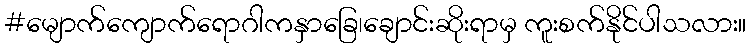
#မျောက်ကျောက်ရောဂါကနှာခြေ၊ချောင်းဆိုးရာမှ ကူးစက်နိုင်ပါသလား။